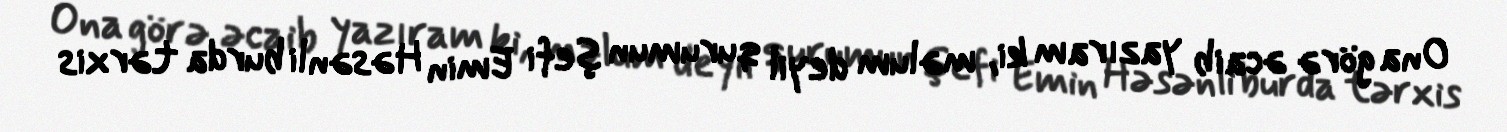
Ona görə əcaib yazıram ki, məlum deyil qurumun şefi Emin Həsənli burda tərxis